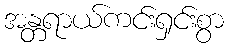
အန္တရာယ်ကင်းရှင်းစွာ